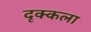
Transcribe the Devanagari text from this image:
दृक्कला